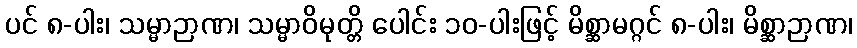
ပင် ၈-ပါး၊ သမ္မာဉာဏ၊ သမ္မာဝိမုတ္တိ ပေါင်း ၁၀-ပါးဖြင့် မိစ္ဆာမဂ္ဂင် ၈-ပါး၊ မိစ္ဆာဉာဏ၊